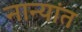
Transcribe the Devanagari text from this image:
नान्यांत